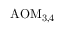
\mathrm { { A O M } _ { 3 , 4 } }